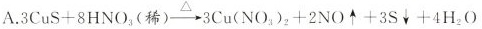
A.$$3CuS+8HNO_{3}(稀)\xrightarrow[]{\triangle }3Cu(NO_{3})_{2}+2NO \uparrow +3S \downarrow +4H_{2}O$$